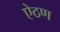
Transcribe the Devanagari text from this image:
ऐठण